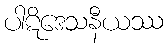
ပါဋိဒေသနီယဿ